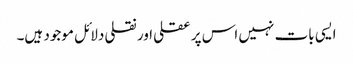
ایسی بات نہیں اس پر عقلی اور نقلی دلائل موجود ہیں۔